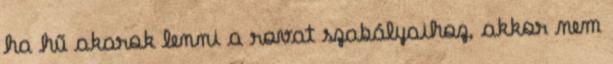
ha hű akarok lenni a rovat szabályaihoz, akkor nem